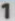
1